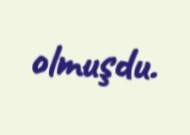
olmuşdu.